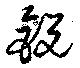
鋭